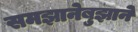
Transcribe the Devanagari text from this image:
समझानेबुझाने